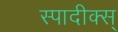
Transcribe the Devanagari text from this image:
स्पादीक्स्